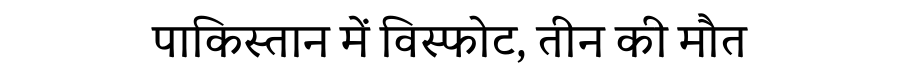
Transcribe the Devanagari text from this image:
पाकिस्तान में विस्फोट, तीन की मौत